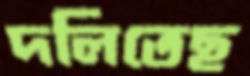
দলিতেছ